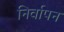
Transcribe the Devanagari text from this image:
निर्वापन